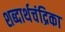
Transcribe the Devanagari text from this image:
शब्दार्थचंद्रिका